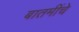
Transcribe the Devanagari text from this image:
बातमींचे